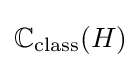
\mathbb {C} _{\text{class}}(H)